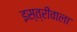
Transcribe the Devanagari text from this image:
इस्त्रीवाला